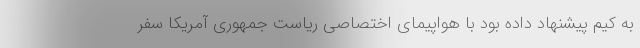
به کیم پیشنهاد داده بود با هواپیمای اختصاصی ریاست جمهوری آمریکا سفر